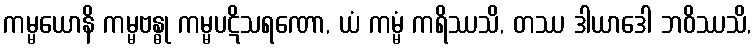
ကမ္မယောနိ ကမ္မဗန္ဓု ကမ္မပဋိသရဏော, ယံ ကမ္မံ ကရိဿသိ, တဿ ဒါယာဒေါ ဘဝိဿသိ,